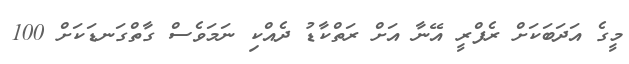
މީގެ އަދަބަކަށް ރެފްރީ އޭނާ އަށް ރަތްކާޑު ދެއްކި ނަމަވެސް ގާތްގަނޑަކަށް 100